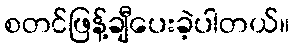
စတင်ဖြန့်ချီပေးခဲ့ပါတယ်။